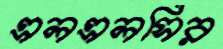
এলএলসির